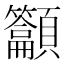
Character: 𱂟